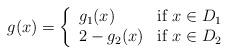
LaTeX: \begin{align*}g(x) = \left\{\begin{array}{ll}g_1(x) & \mbox{if } x \in D_1 \\2-g_2(x) & \mbox{if } x \in D_2\end{array}\right.\end{align*}